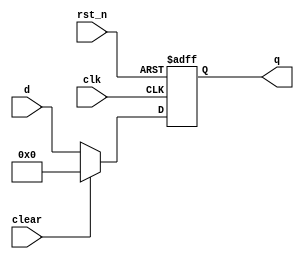
module floprc #(parameter WIDTH = 63)(	clk,
													rst_n,
													clear,
													d,
													q
													);

input wire clk,rst_n,clear;
input wire[WIDTH-1:0] d;
output reg[WIDTH-1:0] q;													 
													 
	always @(posedge clk,negedge rst_n)
	begin
		if(!rst_n) 
			begin
				q <= 0;
			end 
		else if (clear)
				begin
					q <= 0;
				end 
			else
				begin 
					q <= d;
				end
	end
endmodule